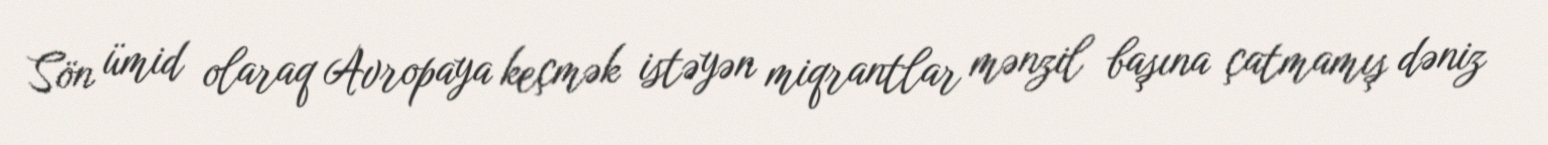
Sön ümid olaraq Avropaya keçmək istəyən miqrantlar mənzil başına çatmamış dəniz